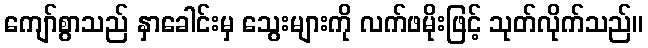
ကျော်စွာသည် နှာခေါင်းမှ သွေးများကို လက်ဖမိုးဖြင့် သုတ်လိုက်သည်။